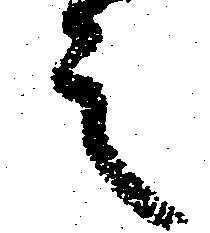
之